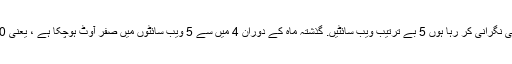
میں اپ ٹائم کی نگرانی کر رہا ہوں 5 بے ترتیب ویب سائٹیں. گذشتہ ماہ کے دوران 4 میں سے 5 ویب سائٹوں میں صفر آوٹ ہوچکا ہے ، یعنی 100٪ اپ ٹائم۔